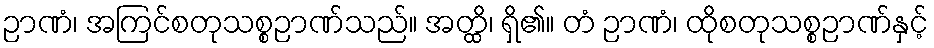
ဉာဏံ၊ အကြင်စတုသစ္စဉာဏ်သည်။ အတ္ထိ၊ ရှိ၏။ တံ ဉာဏံ၊ ထိုစတုသစ္စဉာဏ်နှင့်